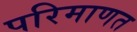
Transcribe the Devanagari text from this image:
परिमाणत